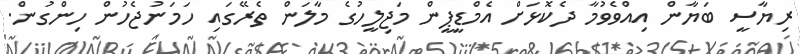
ރިޔާސީ ބަޔާން އިއްވެވުމާ ދެކޮޅަށް އެމްޑީޕީން މަޖިލީހުގެ މާލަން ތެރޭގައި ހަމަނުޖެހުން ހިންގުން.